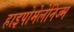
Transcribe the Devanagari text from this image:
हाइपोमेलेनिज्म